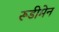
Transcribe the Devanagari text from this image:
रूडीमेन